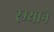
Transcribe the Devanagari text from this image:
रम्याने